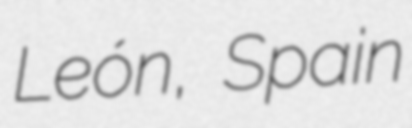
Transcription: León, Spain